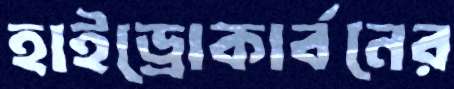
হাইড্রোকার্বনের